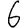
Digit: 6